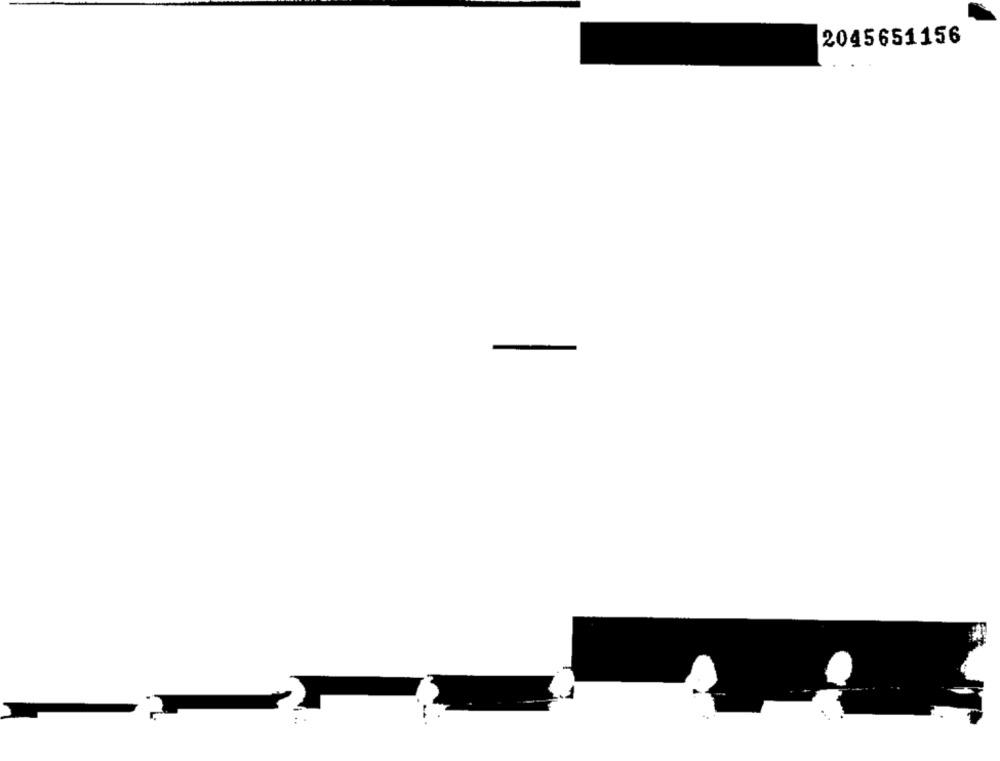
2045651156